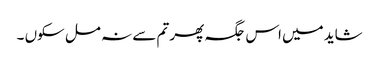
شاید میں اس جگہ پھر تم سے نہ مل سکوں ۔